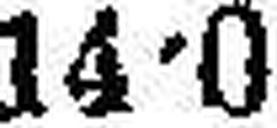
14•0